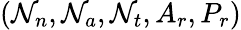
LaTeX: (\mathcal{N}_{n},\mathcal{N}_{a},\mathcal{N}_{t},A_{r},P_{r})